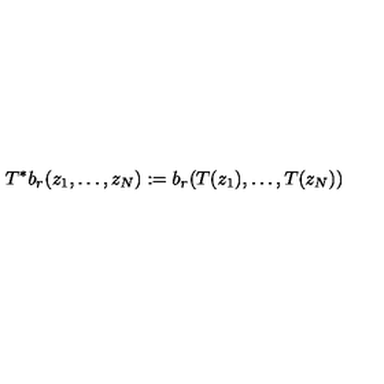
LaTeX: T ^ { * } b _ { r } ( z _ { 1 } , \ldots , z _ { N } ) : = b _ { r } ( T ( z _ { 1 } ) , \ldots , T ( z _ { N } ) )